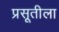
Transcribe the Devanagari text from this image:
प्रसूतीला